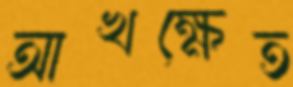
আখক্ষেত